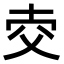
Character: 𤕐